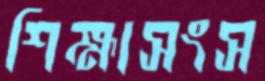
শিক্ষাসংস